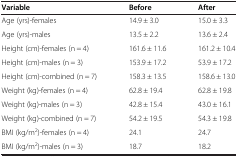
<table><thead><tr><td><b>Variable</b></td><td><b>Before</b></td><td><b>After</b></td></tr></thead><tbody><tr><td>Age (yrs)-females</td><td>14.9 ± 3.0</td><td>15.0 ± 3.3</td></tr><tr><td>Age (yrs)-males</td><td>13.5 ± 2.2</td><td>13.6 ± 2.4</td></tr><tr><td>Height (cm)-females (n = 4)</td><td>161.6 ± 11.6</td><td>161.2 ± 10.4</td></tr><tr><td>Height (cm)-males (n = 3)</td><td>153.9 ± 17.2</td><td>53.9 ± 17.2</td></tr><tr><td>Height (cm)-combined (n = 7)</td><td>158.3 ± 13.5</td><td>158.6 ± 13.0</td></tr><tr><td>Weight (kg)-females (n = 4)</td><td>62.8 ± 19.4</td><td>62.8 ± 19.8</td></tr><tr><td>Weight (kg)-males (n = 3)</td><td>42.8 ± 15.4</td><td>43.0 ± 16.1</td></tr><tr><td>Weight (kg)-combined (n = 7)</td><td>54.2 ± 19.5</td><td>54.3 ± 19.8</td></tr><tr><td>BMI (kg/m<sup>2</sup>)-females (n = 4)</td><td>24.1</td><td>24.7</td></tr><tr><td>BMI (kg/m<sup>2</sup>)-males (n = 3)</td><td>18.7</td><td>18.2</td></tr></tbody></table>